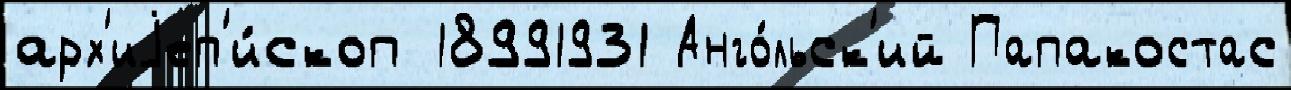
арх'иjеп'и́скоп 18991931 Анго́льск'ий Папакостас